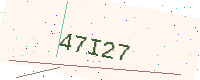
Text: 47I27